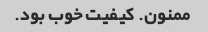
ممنون. کیفیت خوب بود.